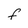
Character: F